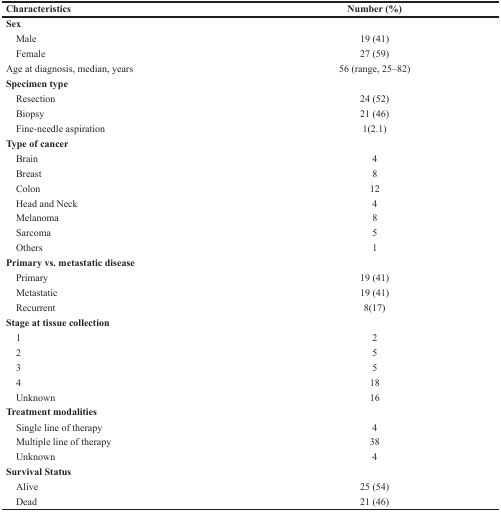
<table><thead><tr><td><b>Characteristics</b></td><td><b>Number (%)</b></td></tr></thead><tbody><tr><td><b>Sex</b></td><td></td></tr><tr><td> Male</td><td>19 (41)</td></tr><tr><td> Female</td><td>27 (59)</td></tr><tr><td>Age at diagnosis, median, years</td><td>56 (range, 25–82)</td></tr><tr><td><b>Specimen type</b></td><td></td></tr><tr><td> Resection</td><td>24 (52)</td></tr><tr><td> Biopsy</td><td>21 (46)</td></tr><tr><td> Fine-needle aspiration</td><td>1(2.1)</td></tr><tr><td><b>Type of cancer</b></td><td></td></tr><tr><td> Brain</td><td>4</td></tr><tr><td> Breast</td><td>8</td></tr><tr><td> Colon</td><td>12</td></tr><tr><td> Head and Neck</td><td>4</td></tr><tr><td> Melanoma</td><td>8</td></tr><tr><td> Sarcoma</td><td>5</td></tr><tr><td> Others</td><td>1</td></tr><tr><td><b>Primary vs. metastatic disease</b></td><td></td></tr><tr><td> Primary</td><td>19 (41)</td></tr><tr><td> Metastatic</td><td>19 (41)</td></tr><tr><td> Recurrent</td><td>8(17)</td></tr><tr><td><b>Stage at tissue collection</b></td><td></td></tr><tr><td> 1</td><td>2</td></tr><tr><td> 2</td><td>5</td></tr><tr><td> 3</td><td>5</td></tr><tr><td> 4</td><td>18</td></tr><tr><td> Unknown</td><td>16</td></tr><tr><td><b>Treatment modalities</b></td><td></td></tr><tr><td> Single line of therapy</td><td>4</td></tr><tr><td> Multiple line of therapy</td><td>38</td></tr><tr><td> Unknown</td><td>4</td></tr><tr><td><b>Survival Status</b></td><td></td></tr><tr><td> Alive</td><td>25 (54)</td></tr><tr><td> Dead</td><td>21 (46)</td></tr></tbody></table>